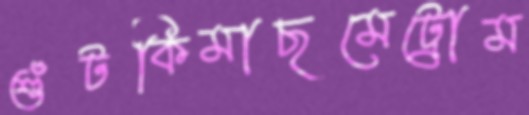
শুঁটকিমাছমেট্রোম